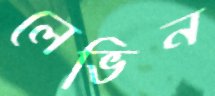
লেভিন